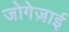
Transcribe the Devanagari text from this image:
जोगेज़ाई